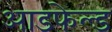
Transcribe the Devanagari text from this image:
आडफेल्ड